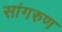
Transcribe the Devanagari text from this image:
सांगरुण